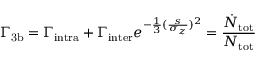
\Gamma _ { \mathrm { { 3 b } } } = \Gamma _ { \mathrm { { i n t r a } } } + \Gamma _ { \mathrm { { i n t e r } } } e ^ { - \frac { 1 } { 3 } ( \frac { s } { \sigma _ { z } } ) ^ { 2 } } = \frac { \dot { N } _ { \mathrm { t o t } } } { N _ { \mathrm { t o t } } }